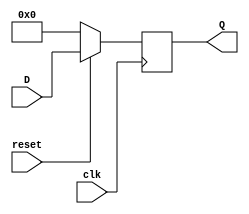
module  dff #(parameter size = 64)(
    input [size-1:0] D, input clk, input reset, output reg [size-1:0] Q
);

    always @(posedge clk ) 
    begin
        if (reset == 1'b0) 
        begin
            Q <= {size{1'b0}};
        end

        else 
        begin
            Q <= D;
        end
    end
    
endmodule